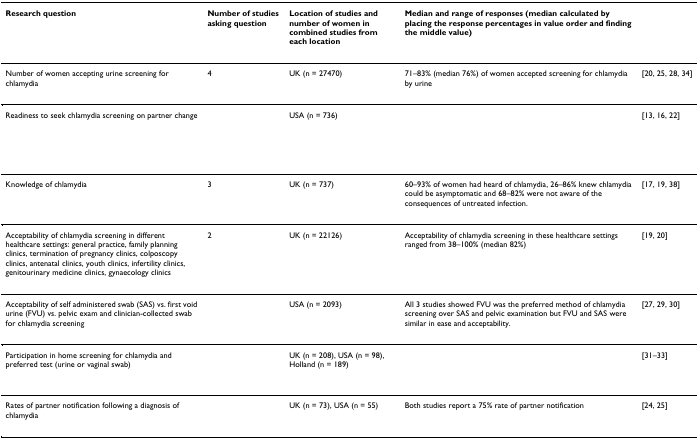
<table><thead><tr><td><b>Research question</b></td><td><b>Number of studies asking question</b></td><td><b>Location of studies and number of women in combined studies from each location</b></td><td><b>Median and range of responses (median calculated by placing the response percentages in value order and finding the middle value)</b></td><td>[EMPTY_CELL]</td></tr></thead><tbody><tr><td>Number of women accepting urine screening for chlamydia</td><td>4</td><td>UK (n = 27470)</td><td>71–83% (median 76%) of women accepted screening for chlamydia by urine</td><td>[20, 25, 28, 34]</td></tr><tr><td>Readiness to seek chlamydia screening on partner change</td><td>[EMPTY_CELL]</td><td>USA (n = 736)</td><td>[EMPTY_CELL]</td><td>[13, 16, 22]</td></tr><tr><td>Knowledge of chlamydia</td><td>3</td><td>UK (n = 737)</td><td>60–93% of women had heard of chlamydia, 26–86% knew chlamydia could be asymptomatic and 68–82% were not aware of the consequences of untreated infection.</td><td>[17, 19, 38]</td></tr><tr><td>Acceptability of chlamydia screening in different healthcare settings: general practice, family planning clinics, termination of pregnancy clinics, colposcopy clinics, antenatal clinics, youth clinics, infertility clinics, genitourinary medicine clinics, gynaecology clinics</td><td>2</td><td>UK (n = 22126)</td><td>Acceptability of chlamydia screening in these healthcare settings ranged from 38–100% (median 82%)</td><td>[19, 20]</td></tr><tr><td>Acceptability of self administered swab (SAS) vs. first void urine (FVU) vs. pelvic exam and clinician-collected swab for chlamydia screening</td><td>[EMPTY_CELL]</td><td>USA (n = 2093)</td><td>All 3 studies showed FVU was the preferred method of chlamydia screening over SAS and pelvic examination but FVU and SAS were similar in ease and acceptability.</td><td>[27, 29, 30]</td></tr><tr><td>Participation in home screening for chlamydia and preferred test (urine or vaginal swab)</td><td>[EMPTY_CELL]</td><td>UK (n = 208), USA (n = 98), Holland (n = 189)</td><td>[EMPTY_CELL]</td><td>[31–33]</td></tr><tr><td>Rates of partner notification following a diagnosis of chlamydia</td><td>[EMPTY_CELL]</td><td>UK (n = 73), USA (n = 55)</td><td>Both studies report a 75% rate of partner notification</td><td>[24, 25]</td></tr></tbody></table>